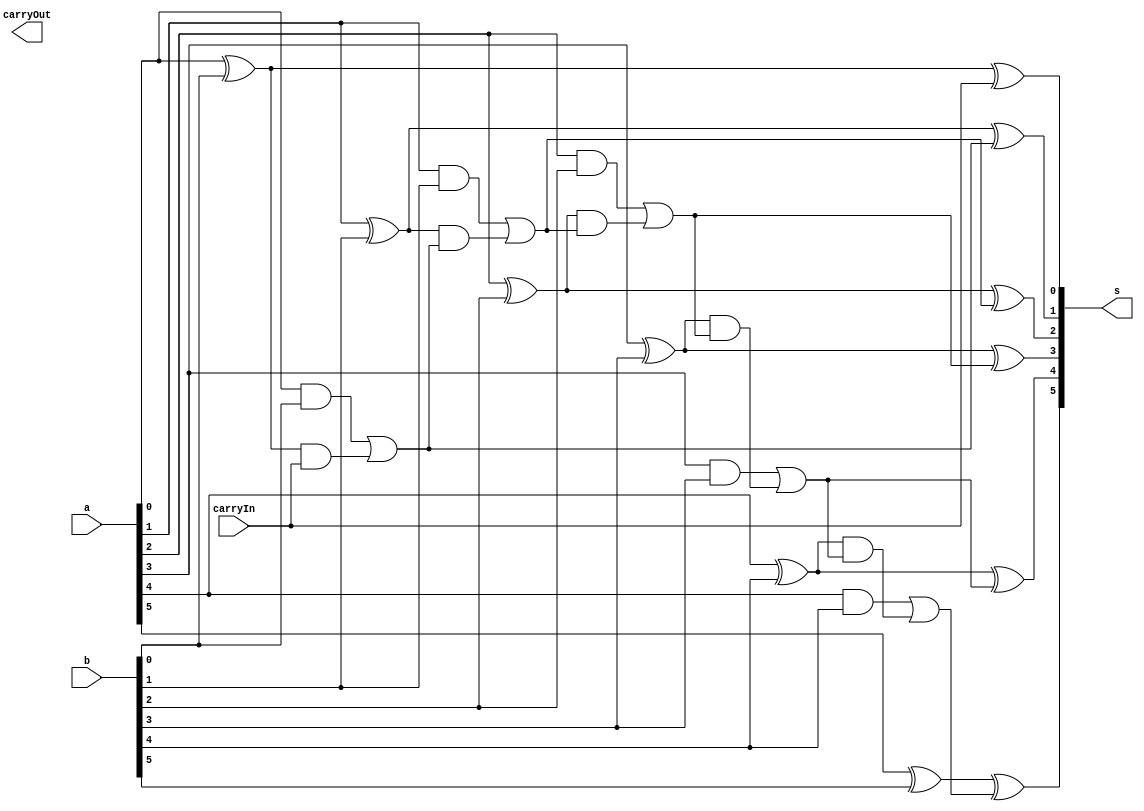
// -------------------------
// Exemplo0023 - SOMADOR 6 BITS	
// Nome: Luis Vasconcelos Dias 
// ------------------------- 

// ------------------------- 
// Somador
// ------------------------- 

module somador (output [5:0]s, input [5:0]a, input [5:0]b, input carryIn, output carryOut); 
	// descrever por portas 

// EXPERIMENTAR DEFINICAO POR PORTAS

	assign s[0] = (a[0] ^ b[0]) ^ carryIn;
	assign c1 = ((a[0] & b[0]) | ((a[0] ^ b[0]) & carryIn));
	assign s[1] = (a[1] ^ b[1]) ^ c1;
	assign c2 = ((a[1] & b[1]) | ((a[1] ^ b[1]) & c1));
	assign s[2] = (a[2] ^ b[2]) ^ c2;
	assign c3 = ((a[2] & b[2]) | ((a[2] ^ b[2]) & c2));
	assign s[3] = (a[3] ^ b[3]) ^ c3;
	assign c4 = ((a[3] & b[3]) | ((a[3] ^ b[3]) & c3));
	assign s[4] = (a[4] ^ b[4]) ^ c4;
	assign c5 = ((a[4] & b[4]) | ((a[4] ^ b[4]) & c4));
	assign s[5] = (a[5] ^ b[5]) ^ c5;
	assign c6 = ((a[5] & b[5]) | ((a[5] ^ b[5]) & c5));
	
	
	
endmodule // somador 

module test_somador; 
// ------------------------- definir dados 
	reg [5:0] x; 
	reg [5:0] y; 
	reg carryIn;
	wire carryOut;
	wire [5:0] r; 
	
// ------------------------- instancia
	somador modulo(r, x, y, carryIn, carryOut);

// ------------------------- parte principal 
	initial begin 
		$display("Exemplo0021 - Luis Vasconcelos Dias - 412753"); 
		$display("Teste Somador"); 
		
		x = 6'b000001;
		y = 6'b000000;
		carryIn = 0;
		
		#1 $display("%b  %b = %b", x, y, r);
		
		x = 6'b000001;
		y = 6'b000011;
		carryIn = 0;
		
		#1 $display("%b  %b = %b", x, y, r);
	
	end 
endmodule // test_somador